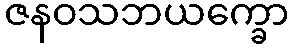
ဇနဝသဘယက္ခော